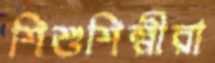
শিশুশিল্পীরা